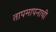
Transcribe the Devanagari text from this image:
तापमापनाची